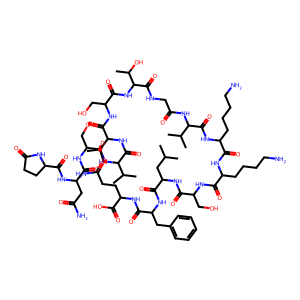
SMILES: CC(C)CC(NC(=O)C(CO)NC(=O)C(CCCCN)NC(=O)C(CCCCN)NC(=O)C(NC(=O)CNC(=O)C(NC(=O)C(CO)NC(=O)C(NC(=O)C(NC(=O)C(CO)NC(=O)C(CC(N)=O)NC(=O)C1CCC(=O)N1)C(C)C)C(C)C)C(C)O)C(C)C)C(=O)NC(Cc1ccccc1)C(=O)NC(CCC(N)=O)C(=O)O
Inhibits HIV replication: No